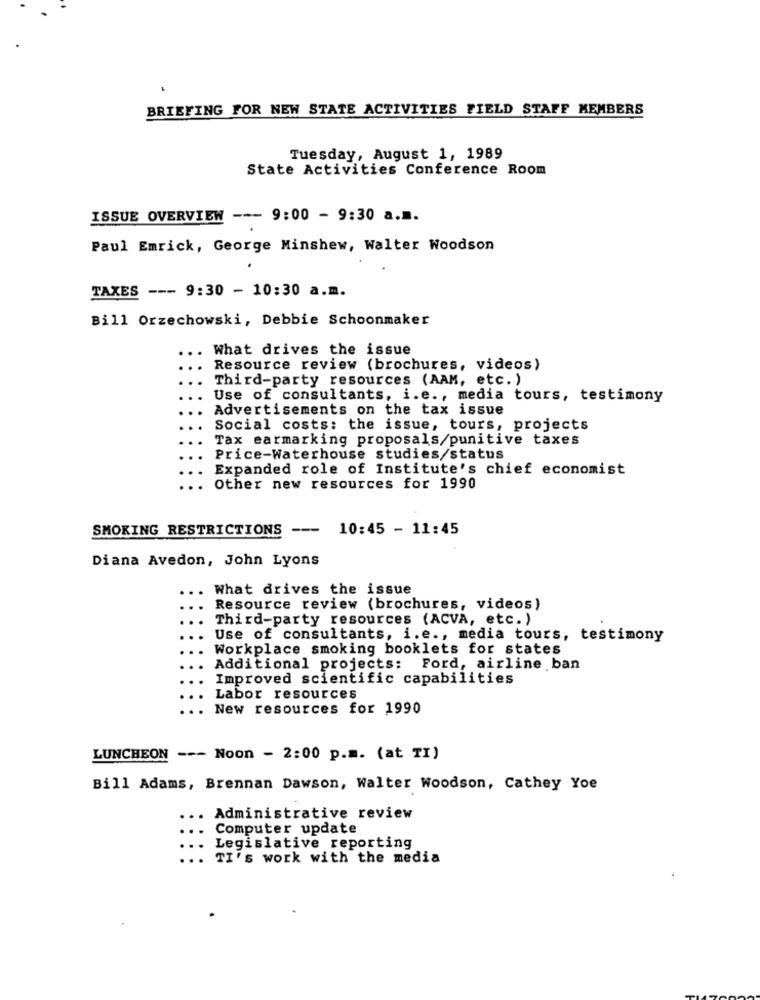
BRIEFING FOR NEW STATE ACTIVITIES FIELD STAFF MEMBERS
Tuesday, August 1, 1989
State Activities Conference Room
ISSUE OVERVIEW --- 9:00 - 9:30 a.m.
Paul Emrick, George Minshew, Walter Woodson
TAXES --- 9:30 - 10:30 a.m.
Bill Orzechowski, Debbie Schoonmaker
What drives the issue
Resource review (brochures, videos)
Third-party resources (AAM, etc. )
Use of consultants, i.e ., media tours, testimony
Advertisements on the tax issue
Social costs: the issue, tours, projects
Tax earmarking proposals/punitive taxes
Price-Waterhouse studies/status
Expanded role of Institute's chief economist
Other new resources for 1990
SMOKING RESTRICTIONS ---
10:45 - 11:45
Diana Avedon, John Lyons
... What drives the issue
..
Resource review (brochures, videos)
Third-party resources (ACVA, etc. )
Use of consultants, i.e ., media tours, testimony
Workplace smoking booklets for states
Additional projects: Ford, airline ban
Improved scientific capabilities
Labor resources
New resources for 1990
LUNCHEON --- Noon - 2:00 p.m. (at TI)
Bill Adams, Brennan Dawson, Walter Woodson, Cathey Yoe
Administrative review
Computer update
Legislative reporting
TI's work with the media